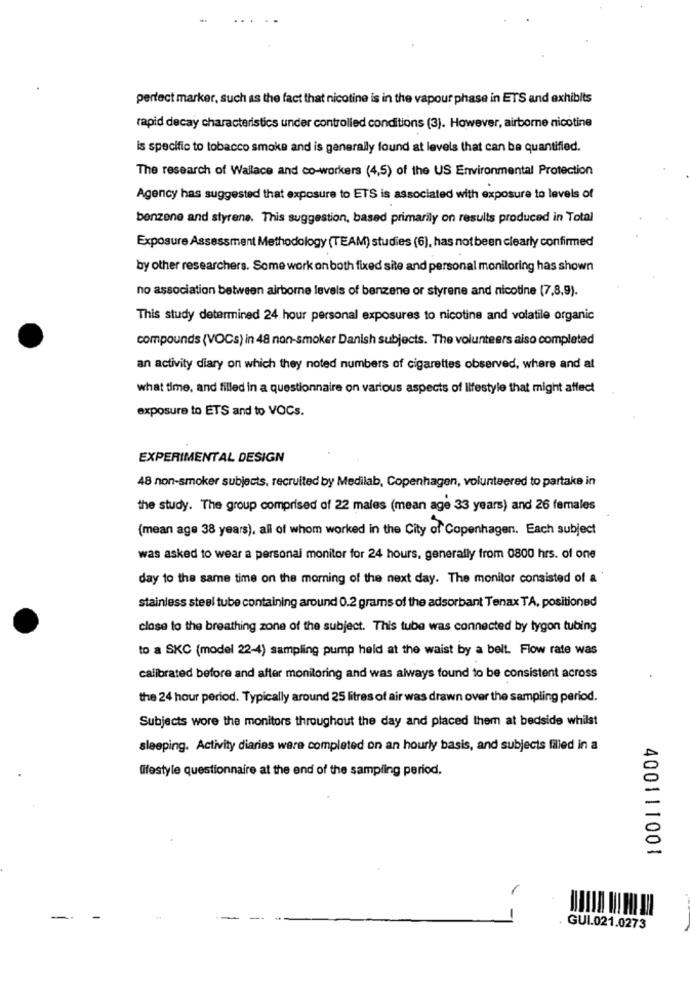
perfect marker, such as the fact that nicotine is in the vapour phase in ETS and exhibits
rapid decay characteristics under controlled conditions (3). However, airborne nicotine
is specific to tobacco smoke and is generally found at levels that can be quantified.
The research of Wallace and co-workers (4,5) of the US Environmental Protection
Agency has suggested that exposure to ETS is associated with exposure to levels of
benzene and styrene. This suggestion, based primarily on results produced in Total
Exposure Assessment Methodology (TEAM) studies (6), has not been clearly confirmed
by other researchers. Some work on both fixed site and personal monitoring has shown
no association between airborne levels of benzene or styrene and nicotine (7,8,9).
This study determined 24 hour personal exposures to nicotine and volatile organic
compounds (VOCs) in 48 non-smoker Danish subjects. The volunteers also completed
an activity diary on which they noted numbers of cigarettes observed, where and at
what time, and filled in a questionnaire on various aspects of lifestyle that might affect
exposure to ETS and to VOCs.
EXPERIMENTAL DESIGN
48 non-smoker subjects, recruited by Medilab, Copenhagen, volunteered to partake in
the study. The group comprised of 22 males (mean age 33 years) and 26 females
(mean age 38 years), all of whom worked in the City of Copenhagen. Each subject
was asked to wear a personal monitor for 24 hours, generally from 0800 hrs. of one
day to the same time on the morning of the next day. The monitor consisted of a
stainless steel tube containing around 0.2 grams of the adsorbant Tenax TA, positioned
close to the breathing zone of the subject. This tube was connected by tygon tubing
to a SKC (model 22-4) sampling pump held at the waist by a belt. Flow rate was
calibrated before and after monitoring and was always found to be consistent across
the 24 hour period. Typically around 25 litres of air was drawn over the sampling period.
Subjects wore the monitors throughout the day and placed them at bedside whilst
sleeping. Activity diarias ware completed on an hourly basis, and subjects filled in a
lifestyle questionnaire at the end of the sampling period.
400111001
-
GUI.021.0273